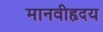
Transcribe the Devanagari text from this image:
मानवीहृदय